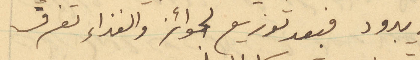
الى يبرود فبعد توزيع الجوائز والغذاء تفرق